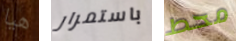
هيا باستمرار محط